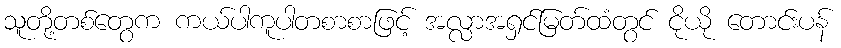
သူတို့တစ်တွေက ကယ်ပါကူပါတစာစာဖြင့် အလ္လာအရှင်မြတ်ထံတွင် ငိုယို တောင်းပန်